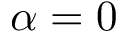
\alpha = 0